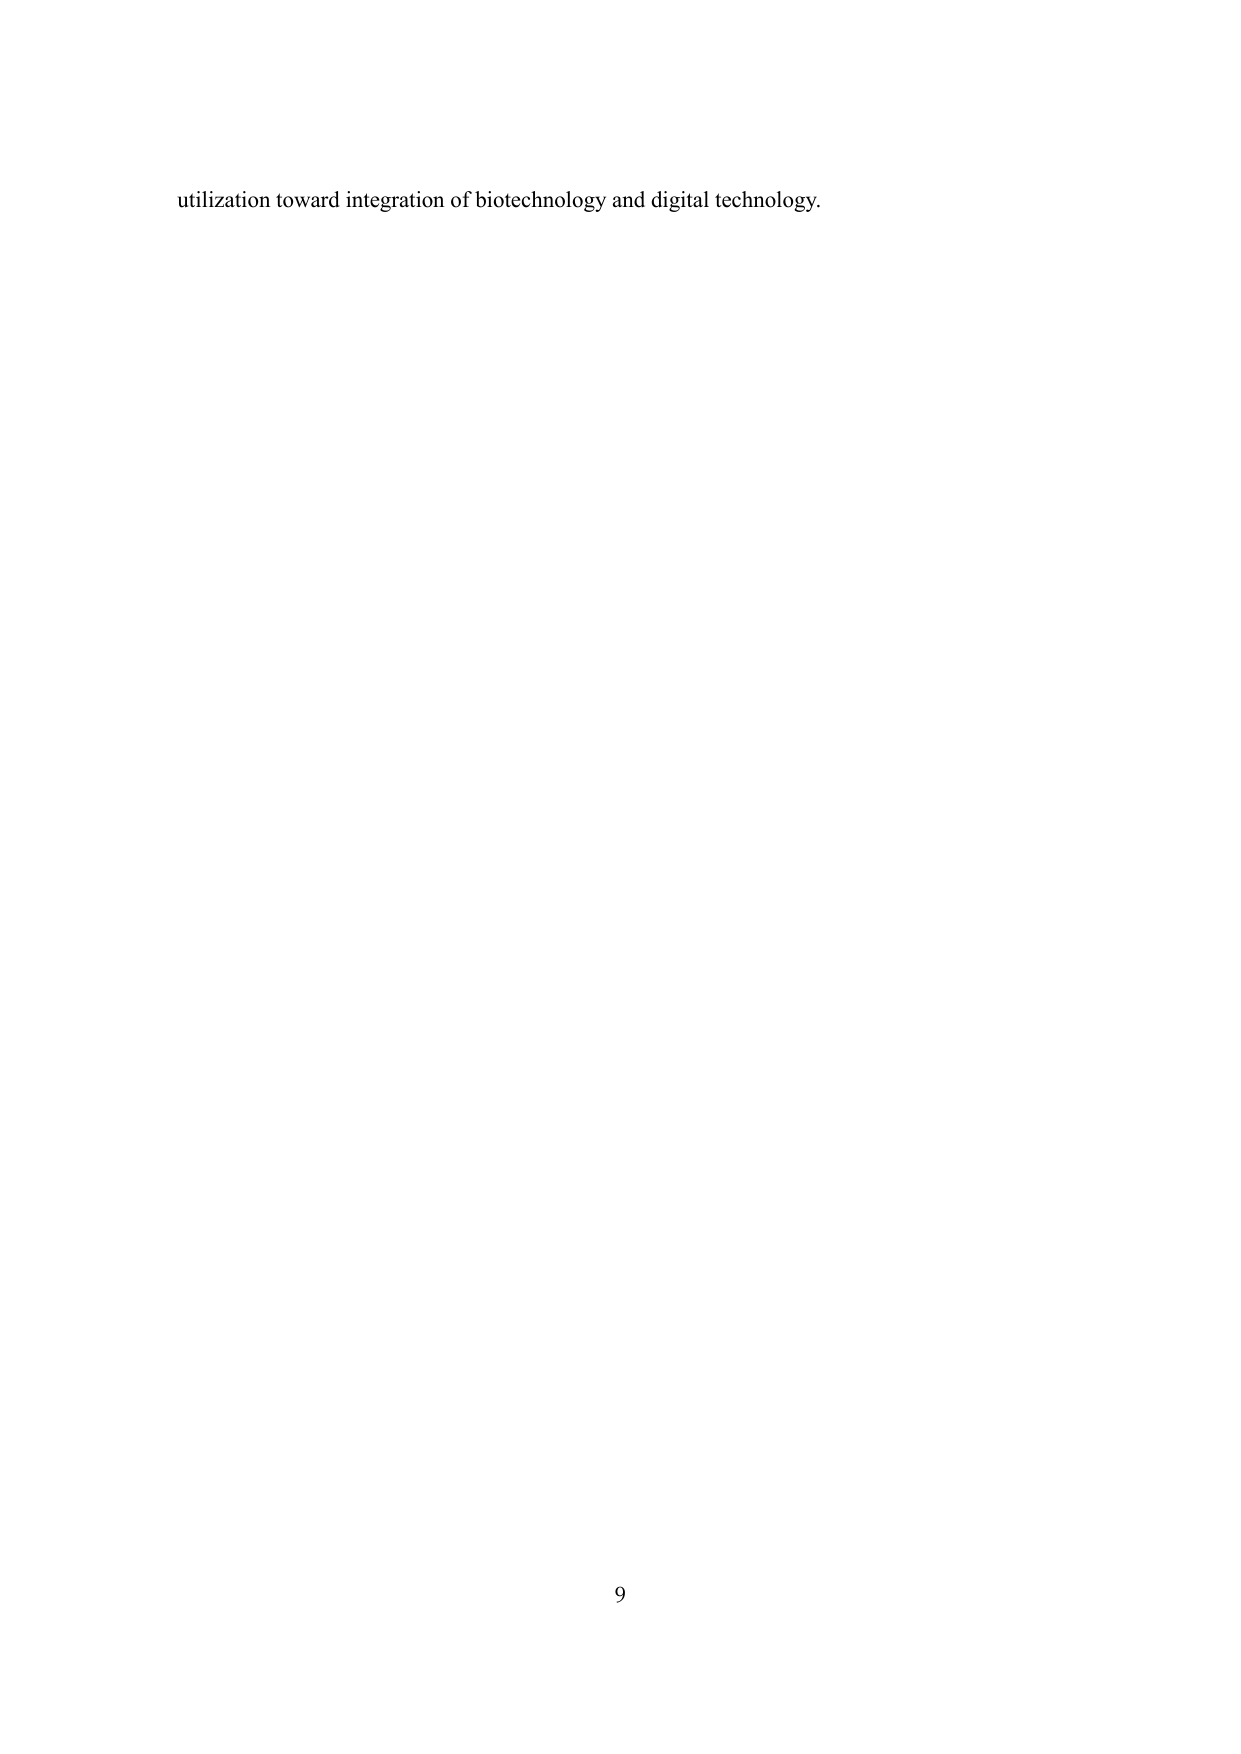
utilization toward integration of biotechnology and digital technology.

9